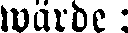
wärde: